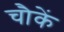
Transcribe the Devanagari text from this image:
चौकें